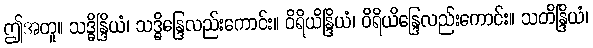
ဤအတူ။ သဒ္ဓိန္ဒြိယံ၊ သဒ္ဓိန္ဒြေလည်းကောင်း။ ဝိရိယိန္ဒြိယံ၊ ဝိရိယိန္ဒြေလည်းကောင်း။ သတိန္ဒြိယံ၊